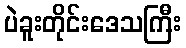
ပဲခူးတိုင်းဒေသကြီး